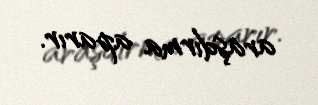
araşdırma aparır.